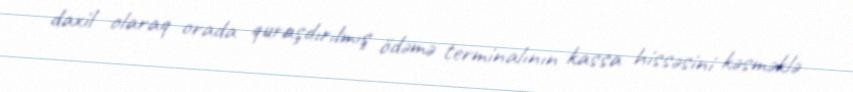
daxil olaraq orada quraşdırılmış ödəmə terminalının kassa hissəsini kəsməklə